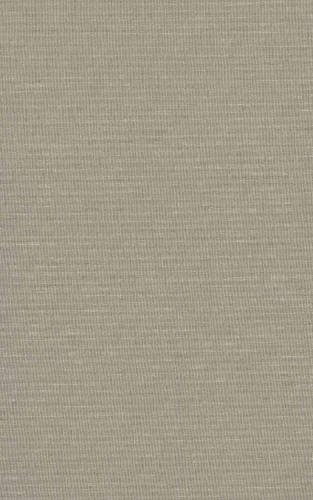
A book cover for Truth (3 Volume Set) (Hackett Classics); Thomas Aquinas; Politics & Social Sciences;